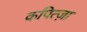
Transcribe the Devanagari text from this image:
कपित्ज़ा